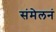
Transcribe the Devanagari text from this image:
संमेलनं